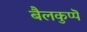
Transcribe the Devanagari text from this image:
बैलकुप्पॆ